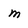
Character: m